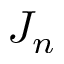
J _ { n }